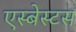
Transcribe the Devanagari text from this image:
एस्‍बेस्‍टस